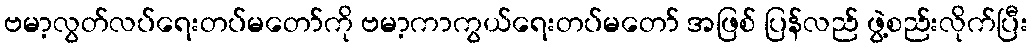
ဗမာ့လွတ်လပ်ရေးတပ်မတော်ကို ဗမာ့ကာကွယ်ရေးတပ်မတော် အဖြစ် ပြန်လည် ဖွဲ့စည်းလိုက်ပြီး